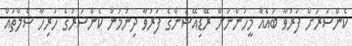
ކެންސަރަށް ފަރުވާ ބައެއް މީހުންނަށް ރޭޑިއޭޝަންގެ ފަރުވާ ދިނުމުން ކެންސަރުގެ ހުރިހާ ސެލްތައް